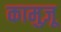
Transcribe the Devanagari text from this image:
कामुज़ू